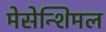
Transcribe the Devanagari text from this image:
मेसेन्शिमल